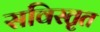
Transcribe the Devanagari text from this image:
सविस्तृत